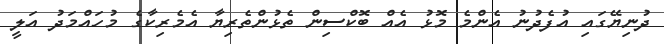
ދުނިޔޭގައި އުފެދުނު އެންމެ މޮޅު އެއް ބޮކްސިން ތެޅުންތެރިޔާ އެމެރިކާގެ މުހައްމަދު އަލީ